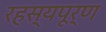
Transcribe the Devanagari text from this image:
रहस्‍यपूर्ण